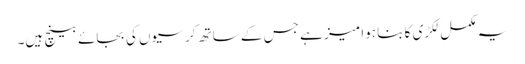
یہ مکمل لکڑی کا بنا ہوا میز ہے جس کے ساتھ کرسیوں کی بجائے بینچ ہیں۔